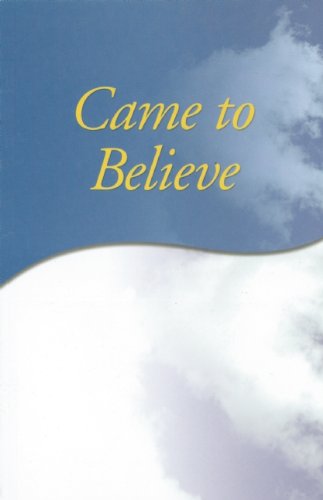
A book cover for Came to Believe; AA Services; Health, Fitness & Dieting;